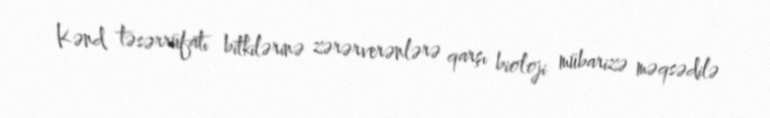
Kənd təsərrüfatı bitkilərinə zərərverənlərə qarşı bioloji mübarizə məqsədilə